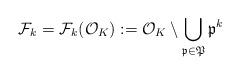
LaTeX: \begin{align*}\mathcal{F}_k=\mathcal{F}_k(\mathcal{O}_K):=\mathcal{O}_K \setminus \bigcup_{\mathfrak{p}\in\mathfrak{P}}\mathfrak{p}^k\end{align*}